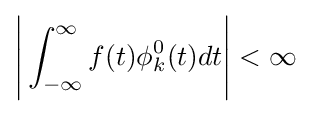
{\Bigg |}\int _{-\infty }^{\infty }f(t)\phi _{k}^{0}(t)dt{\Bigg |}<\infty